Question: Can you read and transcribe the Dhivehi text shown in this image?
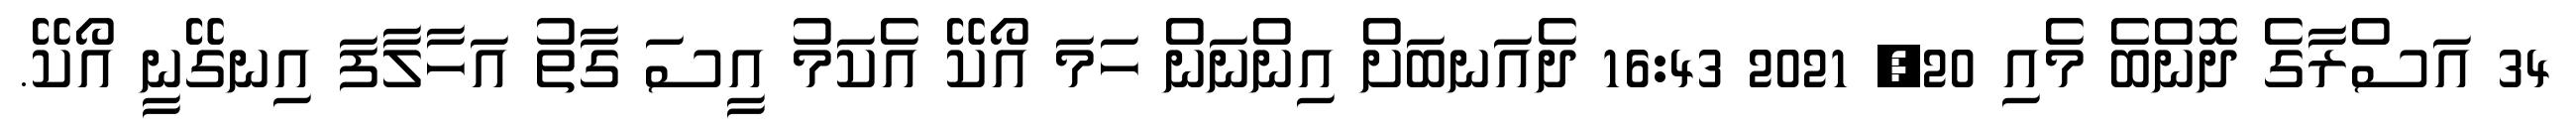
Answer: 34 އަސްރާގެ ދޮންބެ މެއި 20, 2021 16:43 ދެއަނބަށް އިންނަން ހަމަ އޯކޭ އެކަމު އީސަ ގާތު އަހާލާފަ އިނގޭނީ އޯކޭ.